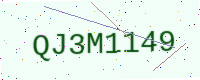
Text: QJ3M1149